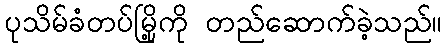
ပုသိမ်ခံတပ်မြို့ကို တည်ဆောက်ခဲ့သည်။